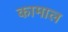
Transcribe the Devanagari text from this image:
कामाल